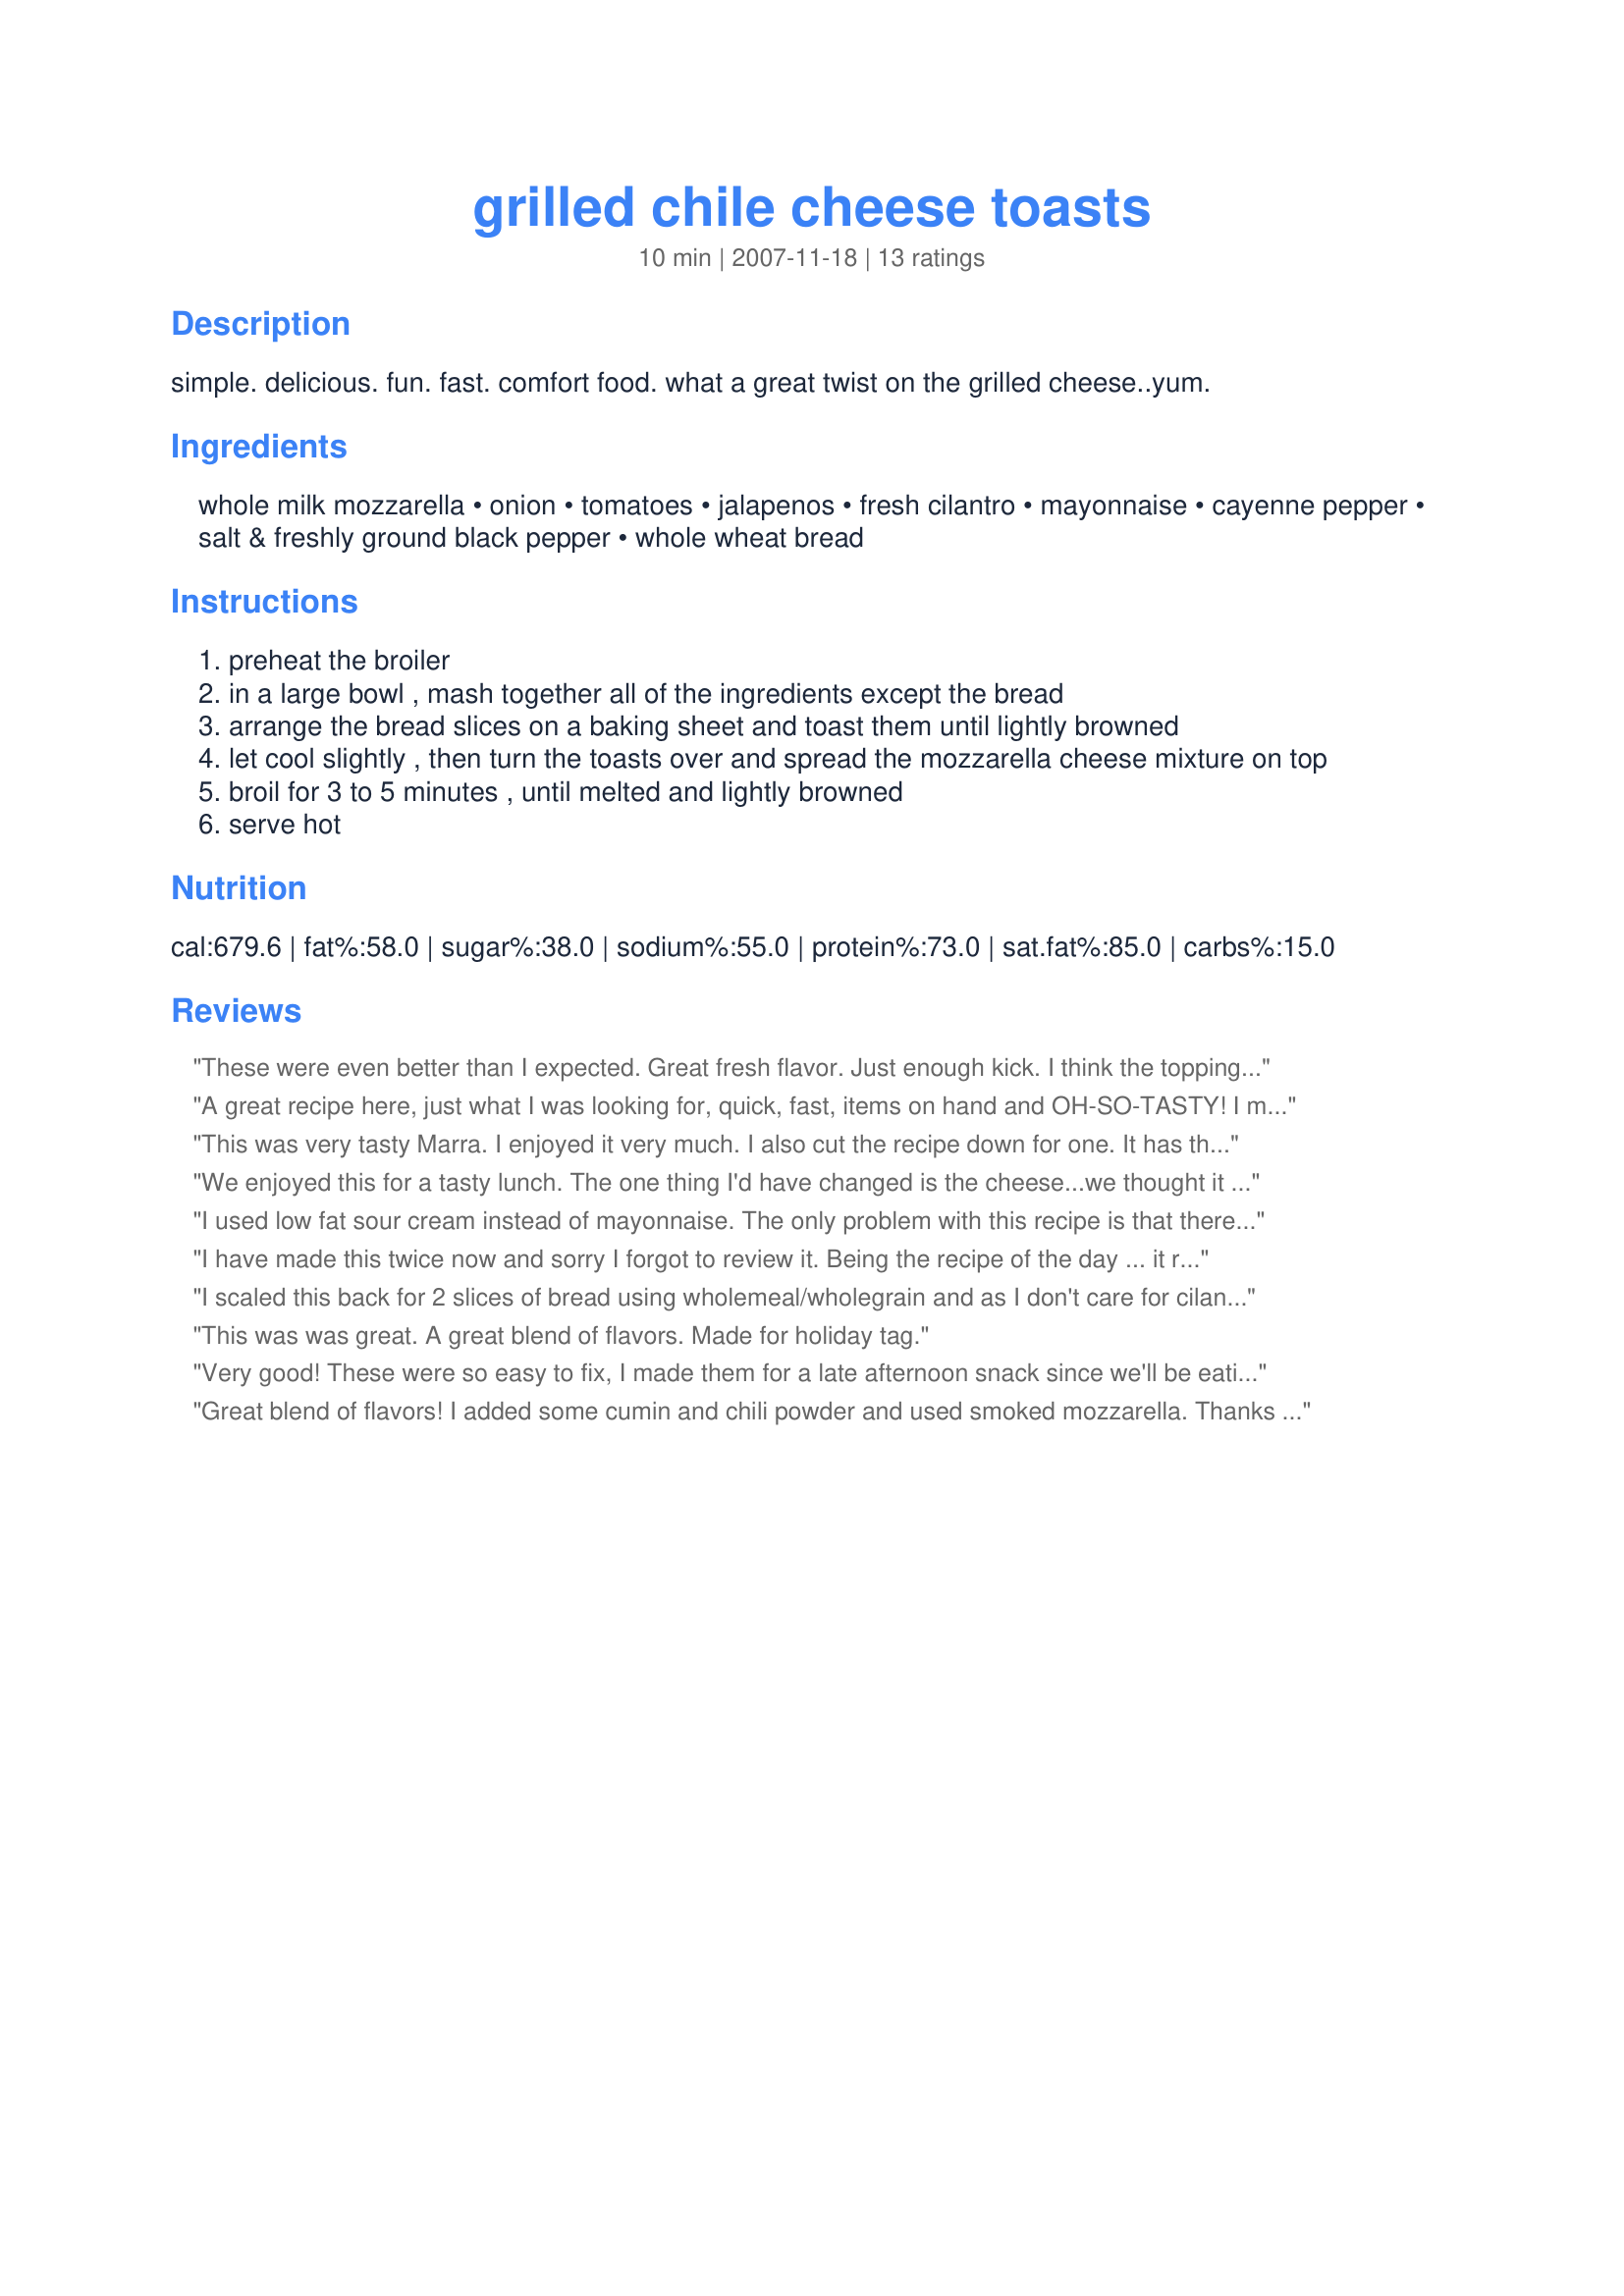
grilled chile cheese toasts
Preparation time: 10 minutes

simple. delicious. fun. fast. comfort food. what a great twist on the grilled cheese..yum.

Ingredients:
whole milk mozzarella, onion, tomatoes, jalapenos, fresh cilantro, mayonnaise, cayenne pepper, salt & freshly ground black pepper, whole wheat bread

Steps:
preheat the broiler
in a large bowl , mash together all of the ingredients except the bread
arrange the bread slices on a baking sheet and toast them until lightly browned
let cool slightly , then turn the toasts over and spread the mozzarella cheese mixture on top
broil for 3 to 5 minutes , until melted and lightly browned
serve hot

Reviews:
These were even better than I expected. Great fresh flavor. Just enough kick. I think the topping would make an awesome hot dip at parties. I think I will try that next time. This one is definitely a keeper!!! Thanks MarraMamba!
A great recipe here, just what I was looking for, quick, fast, items on hand and OH-SO-TASTY! I made for two, and I can't tell you what I loved more. the jalapenos, the cilantro, the cheese? Any and all of it! You won't want to change anything, this is delish snack and so great, so fast. Great and thanks so much! Made for *Everyday is a Holiday* July 2009
This was very tasty Marra. I enjoyed it very much. I also cut the recipe down for one. It has the perfect blending of textures and flavors. It was hot, spicy, cheesy and very satisfying. I will be making this for my dh. He is going to love it. Thanks for posting.
We enjoyed this for a tasty lunch. The one thing I'd have changed is the cheese...we thought it would have been better with some cheddar added, or a cheddar/jack combo, instead of the mozzarella. But otherwise great flavors, and it came together easily for a quick lunch.
I used low fat sour cream instead of mayonnaise. The only problem with this recipe is that there wasnt enough.
I have made this twice now and sorry I forgot to review it. Being the recipe of the day ... it reminded me to make it. Once as a sandwich and once as an appetizer.<br/><br/>The first time I used a whole wheat english muffin and I had it for lunch which was great. I prefer scallions (white and green parts) vs a white onion, but otherwise followed the recipe.<br/><br/>The second time I made it as an appetizer. I did change a few things.<br/>- I used toasted baguettes for individual bites<br/>- I used a red jalapeno along with the scallions<br/>- And I added a few green chilies'<br/><br/>It was fantastic. I made it for a small party and not one was left. A great little appetizer, but also a great lunch or snack. I could have this and a bowl of soup for dinner and it would be perfect. A nice easy recipe.<br/><br/>Thx, I will definitely make this again and again
I scaled this back for 2 slices of bread using wholemeal/wholegrain and as I don't care for cilantro I used fresh sweet basil and this made a delicious and filling breakfast. Thank you MarraMamba, made for ZAAR Stars.
This was was great. A great blend of flavors. Made for holiday tag.
Very good! These were so easy to fix, I made them for a late afternoon snack since we'll be eating late tonight. The Beau, aka The Picky Eater, went for seconds and would have had thirds, if there'd been any. Inspired by another reviewer, I wanted to try these with Australian toaster biscuits, very good! Thanks, MarraMamba! I will make these again, it's just too darned easy and tasty.
Great blend of flavors! I added some cumin and chili powder and used smoked mozzarella. Thanks for sharing!
These were very YUMMY! I used whole wheat english muffins, red onion, pickled jalapenos and tabasco sauce instead of cayenne. I also added one minced garlic clove. I toasted the muffin halves in my toaster before broiling with toppings. Made for Zaar tag.
Easy and quick for lunch! I quartered the recipe just for me. thanks!
Everything that you said in the intro! Since I used a red jalapeno, I substituted green onions for the onions for a little color contrast, otherwise made as directed. Thanks for a keeper, Marra.
